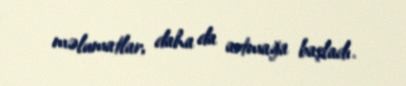
məlumatlar, daha da artmağa başladı.